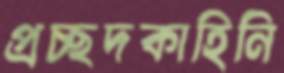
প্রচ্ছদকাহিনি